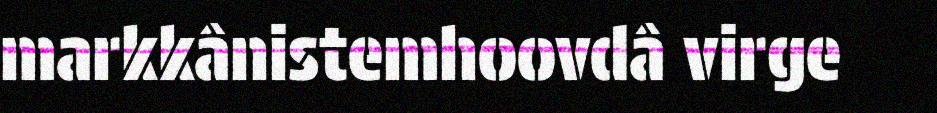
markkânistemhoovdâ virge